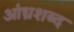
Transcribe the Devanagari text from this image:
आंध्रशब्द